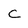
Character: C